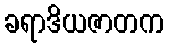
ခရာဒိယဇာတက